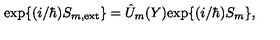
\mathrm { e x p } \{ ( i / \hbar ) S _ { m , \mathrm { e x t } } \} = \hat { U } _ { m } ( Y ) \mathrm { e x p } \{ ( i / \hbar ) S _ { m } \} ,